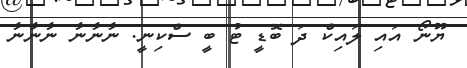
ޔޫނޯ އައި ލައިކް ދަ ބޮޑީ ޓު ބީ ސްކިނީ. ނާނާނާ ނާނާނާ